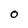
Character: 0